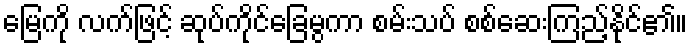
မြေကို လက်ဖြင့် ဆုပ်ကိုင်ခြေမွကာ စမ်းသပ် စစ်ဆေးကြည့်နိုင်၏။